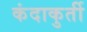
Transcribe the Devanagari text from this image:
कंदाकुर्ती